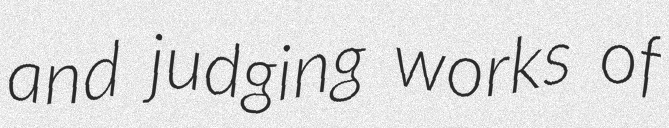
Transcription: and judging works of